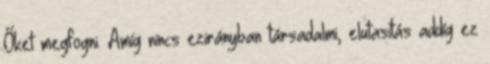
Őket megfogni. Amíg nincs ezirányban társadalmi, elutasítás addíg ez